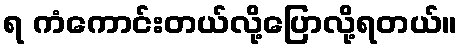
ရ ကံကောင်းတယ်လို့ပြောလို့ရတယ်။